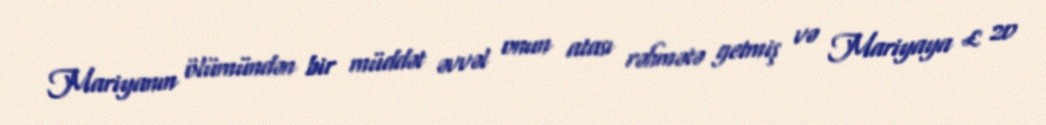
Mariyanın ölümündən bir müddət əvvəl onun atası rəhmətə getmiş və Mariyaya £ 20